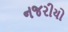
નજરીયો